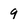
Character: 9